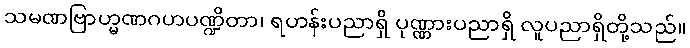
သမဏဗြာဟ္မဏဂဟပဏ္ဍိတာ၊ ရဟန်းပညာရှိ ပုဏ္ဏားပညာရှိ လူပညာရှိတို့သည်။